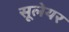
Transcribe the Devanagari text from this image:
सूलेयर